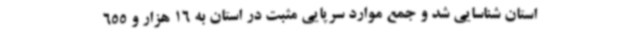
استان شناسایی شد و جمع موارد سرپایی مثبت در استان به 16 هزار و 655